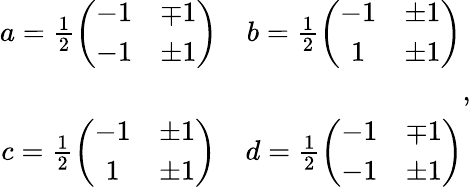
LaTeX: \begin{array}{cc}{{a=\frac{1}{2}\left(\begin{array}{cc}{{-1}}&{{\mp 1}}\\ {{-1}}&{{\pm 1}}\end{array}\right)}}&{{b=\frac{1}{2}\left(\begin{array}{cc}{{-1}}&{{\pm 1}}\\ {{1}}&{{\pm 1}}\end{array}\right)}}\\ {{}}&{{}}\\ {{c=\frac{1}{2}\left(\begin{array}{cc}{{-1}}&{{\pm 1}}\\ {{1}}&{{\pm 1}}\end{array}\right)}}&{{d=\frac{1}{2}\left(\begin{array}{cc}{{-1}}&{{\mp 1}}\\ {{-1}}&{{\pm 1}}\end{array}\right)}}\end{array},